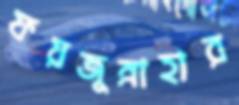
ফয়জুন্নাহার